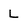
Character: L